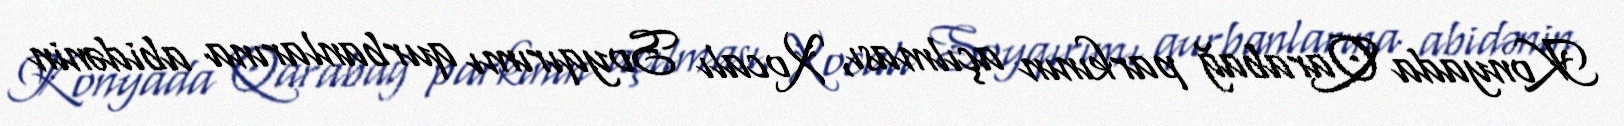
Konyada Qarabağ parkının açılması, Xocalı Soyqırımı qurbanlarına abidənin